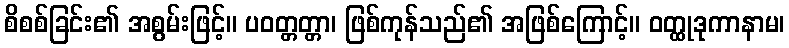
စိစစ်ခြင်း၏ အစွမ်းဖြင့်။ ပဝတ္တတ္တာ၊ ဖြစ်ကုန်သည်၏ အဖြစ်ကြောင့်။ ဝတ္ထုဒုကာနာမ၊